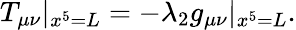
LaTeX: T_{\mu\nu}|_{x^{5}=L}=-\lambda_{2}g_{\mu\nu}|_{x^{5}=L}.